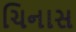
ચિનાસ